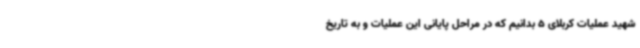
شهید عملیات کربلای 5 بدانیم که در مراحل پایانی این عملیات و به تاریخ